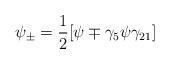
LaTeX: \begin{align*}\psi_\pm = \frac{1}{2} [ \psi \mp \gamma_5 \psi \gamma_{21} ]\end{align*}